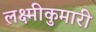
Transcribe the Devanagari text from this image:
लक्ष्मीकुमारी